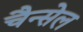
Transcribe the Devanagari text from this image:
चैन्सेल